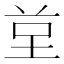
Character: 𭎙